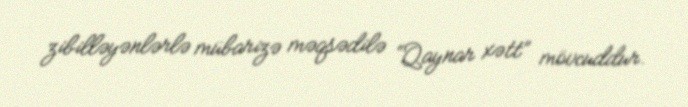
zibilləyənlərlə mübarizə məqsədilə “Qaynar xətt” mövcuddur.